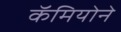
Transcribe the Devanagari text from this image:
कॅमियोने